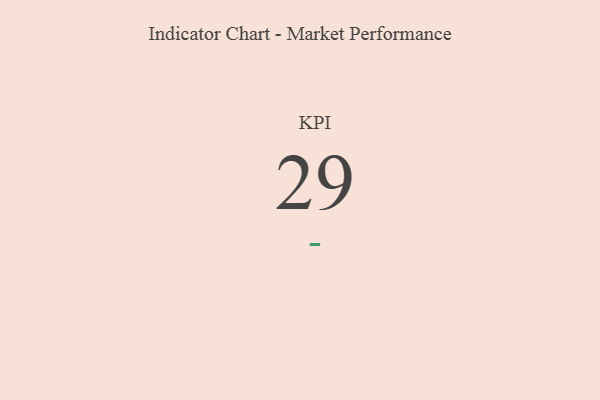
{"axis": {"x": "KPI", "y": "Value"}, "legend": [""], "data": [{"x": "KPI", "y": 29, "type": ""}]}